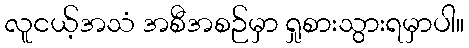
လူငယ့်အသံ အစီအစဉ်မှာ ရှုစားသွားရမှာပါ။